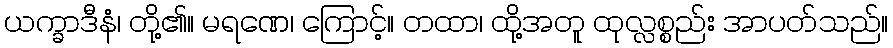
ယက္ခာဒီနံ၊ တို့၏။ မရဏေ၊ ကြောင့်။ တထာ၊ ထို့အတူ ထုလ္လစ္စည်း အာပတ်သည်။